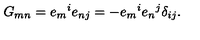
G _ { m n } = e _ { m } { } ^ { i } e _ { n j } = - e _ { m } { } ^ { i } e _ { n } { } ^ { j } \delta _ { i j } .